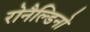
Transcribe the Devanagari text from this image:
रोनैल्डिनो